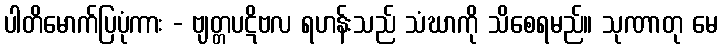
ပါတိမောက်ပြပုံကား - ဗျတ္တပဋိဗလ ရဟန်းသည် သံဃာကို သိစေရမည်။ သုဏာတု မေ